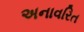
અનાવરિત